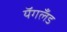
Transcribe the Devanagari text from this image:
यॅगलँड